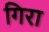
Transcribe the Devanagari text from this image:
गिरा